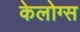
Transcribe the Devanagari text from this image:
केलोग्स